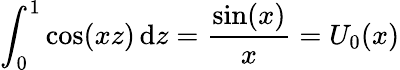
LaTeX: \int_{0}^{1}\cos(xz)\, \mathrm{d}z={\frac{\sin(x)}{x}}=U_{0}(x)